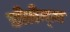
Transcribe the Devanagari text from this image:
डोलेन्ज़